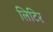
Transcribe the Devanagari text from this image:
लिटिर